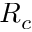
R _ { c }